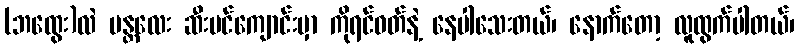
(ဘထွေး)လဲ မန္တလေး ဆီးပင်ကျောင်းမှာ ကိုရင်ဝတ်နဲ့ နေပါသေးတယ်၊ နောက်တော့ လူထွက်ပါတယ်၊